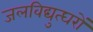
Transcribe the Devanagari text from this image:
जलविद्युत्घरों